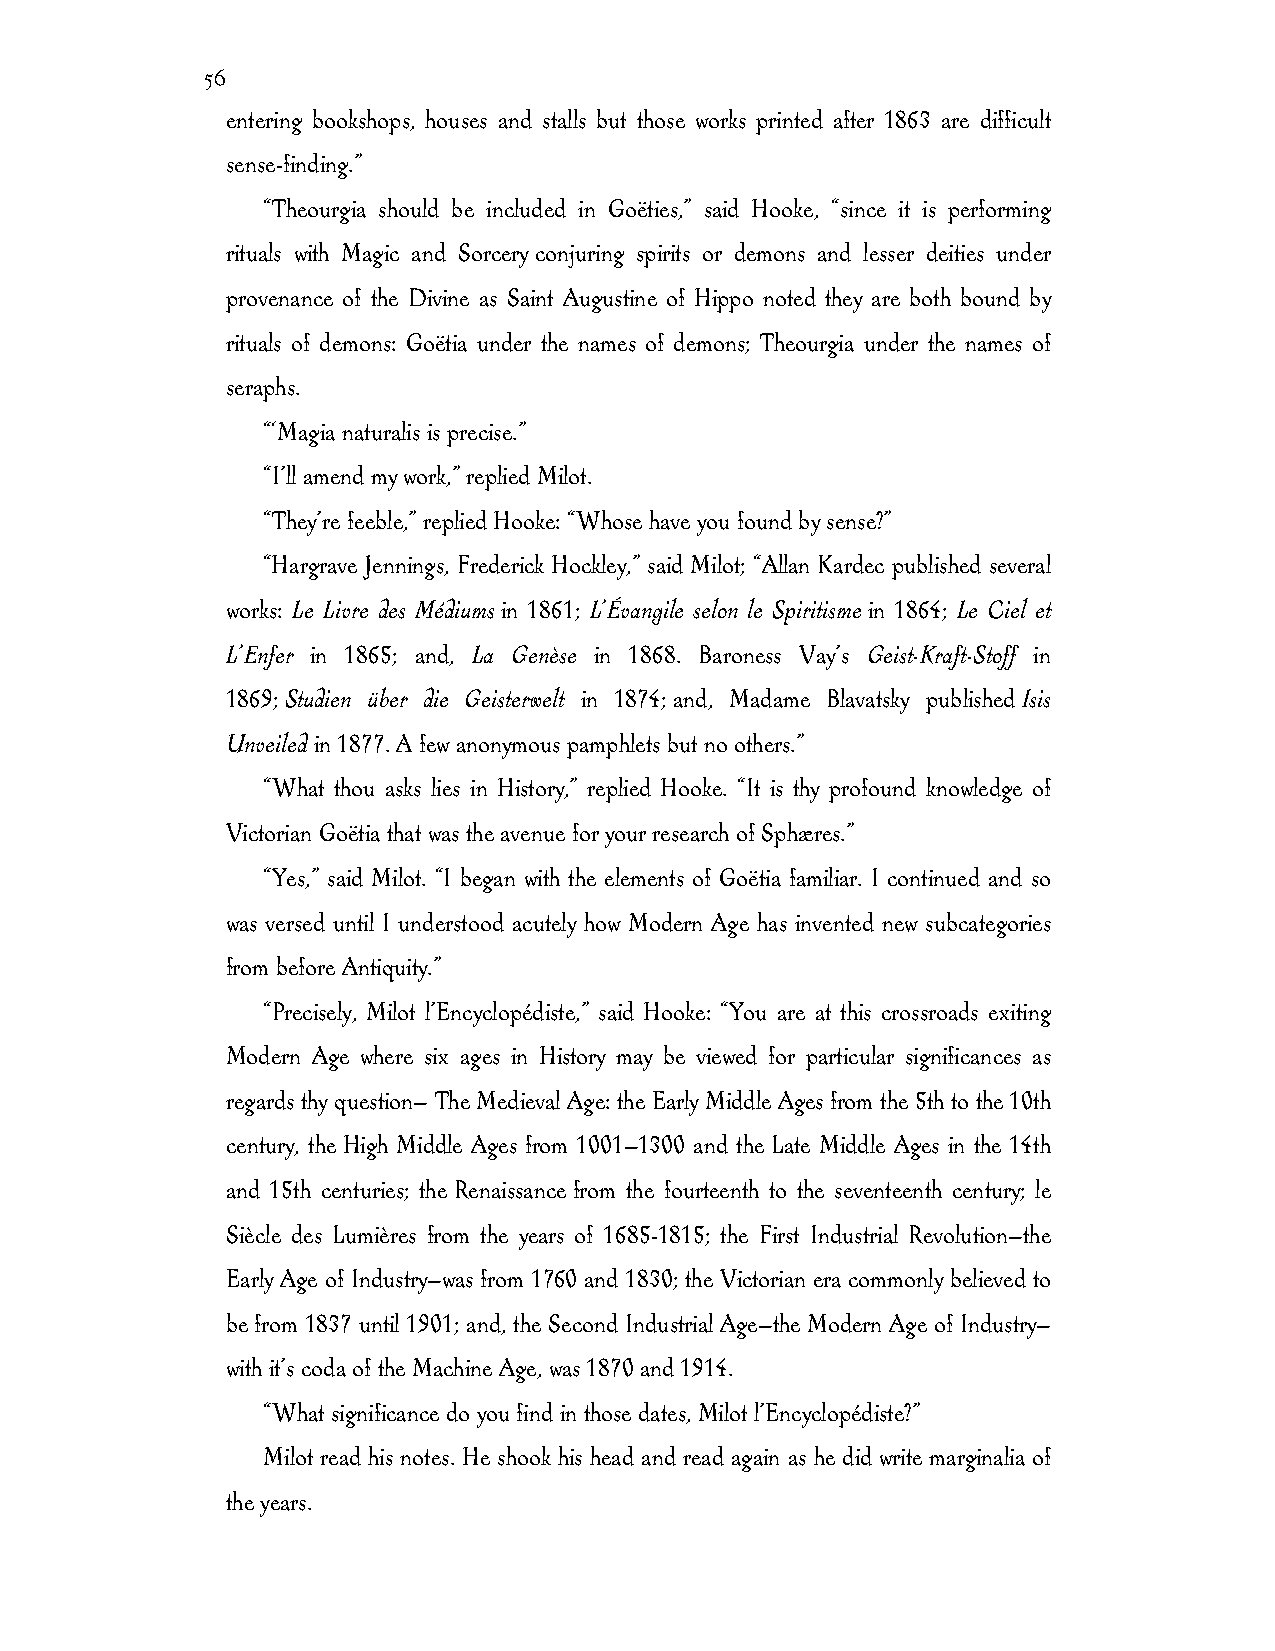
56
 entering bookshops, houses and stalls but those works printed after 1863 are difficult
 sense-finding.”
 “Theourgia should be included in Goëties,” said Hooke, “since it is performing
 rituals with Magic and Sorcery conjuring spirits or demons and lesser deities under
 provenance of the Divine as Saint Augustine of Hippo noted they are both bound by
 rituals of demons: Goëtia under the names of demons; Theourgia under the names of
 seraphs.
 “‘Magia naturalis is precise.”
 “I’ll amend my work,” replied Milot.
 “They’re feeble,” replied Hooke: “Whose have you found by sense?”
 “Hargrave Jennings, Frederick Hockley,” said Milot; “Allan Kardec published several
 works: Le Livre des Médiums in 1861; L’Évangile selon le Spiritisme in 1864; Le Ciel et
 L’Enfer in 1865; and, La Genèse in 1868. Baroness Vay’s Geist-Kraft-Stoff in
 1869; Studien über die Geisterwelt in 1874; and, Madame Blavatsky published Isis
 Unveiled in 1877. A few anonymous pamphlets but no others.”
 “What thou asks lies in History,” replied Hooke. “It is thy profound knowledge of
 Victorian Goëtia that was the avenue for your research of Sphæres.”
 “Yes,” said Milot. “I began with the elements of Goëtia familiar. I continued and so
 was versed until I understood acutely how Modern Age has invented new subcategories
 from before Antiquity.”
 “Precisely, Milot l’Encyclopédiste,” said Hooke: “You are at this crossroads exiting
 Modern Age where six ages in History may be viewed for particular significances as
 regards thy question— The Medieval Age: the Early Middle Ages from the 5th to the 10th
 century, the High Middle Ages from 1001—1300 and the Late Middle Ages in the 14th
 and 15th centuries; the Renaissance from the fourteenth to the seventeenth century; le
 Siècle des Lumières from the years of 1685-1815; the First Industrial Revolution—the
 Early Age of Industry—was from 1760 and 1830; the Victorian era commonly believed to
 be from 1837 until 1901; and, the Second Industrial Age—the Modern Age of Industry—
 with it’s coda of the Machine Age, was 1870 and 1914.
 “What significance do you find in those dates, Milot l’Encyclopédiste?”
 Milot read his notes. He shook his head and read again as he did write marginalia of
 the years.